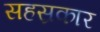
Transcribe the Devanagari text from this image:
सहस्रकार